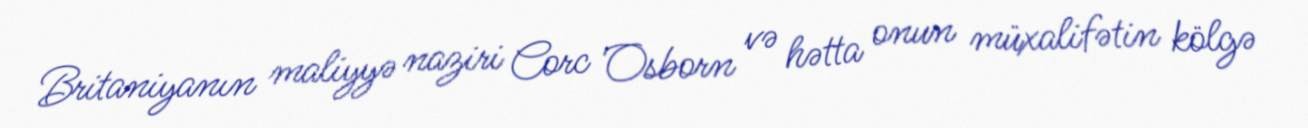
Britaniyanın maliyyə naziri Corc Osborn və hətta onun müxalifətin kölgə